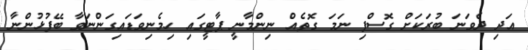
އަދި ދެވަނަ ބުރަކަށް ގޮސްފި ނަމަ ގޮތެއް ނިންމާނީ ޕާޓީގައި ހިމެނިވަޑައިގަންނަވާ ބޭފުޅުންނާ